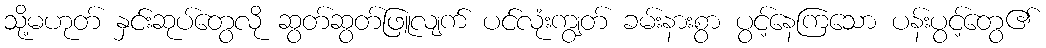
သို့မဟုတ် နှင်းဆုပ်တွေလို ဆွတ်ဆွတ်ဖြူလျက် ပင်လုံးကျွတ် ခမ်းနားစွာ ပွင့်နေကြသော ပန်းပွင့်တွေ၏